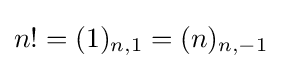
n!=(1)_{n,1}=(n)_{n,-1}